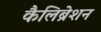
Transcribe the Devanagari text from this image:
कैलिब्रेशन